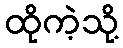
ထိုကဲ့သို့